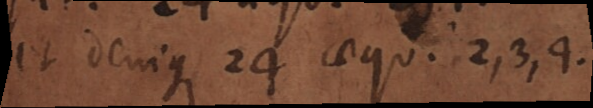
et denique 24 aequ. 2, 3, 4.